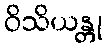
ဝိသိယန္တု